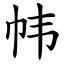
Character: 帏